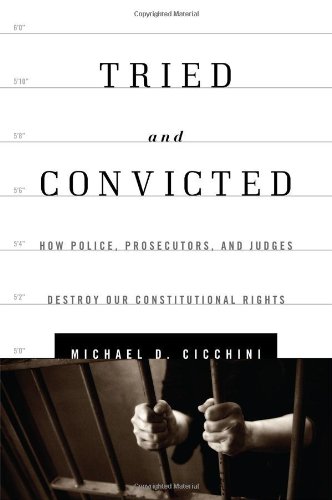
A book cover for Tried and Convicted: How Police, Prosecutors, and Judges Destroy Our Constitutional Rights; Michael D., JD Cicchini; Law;